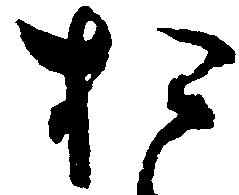
お